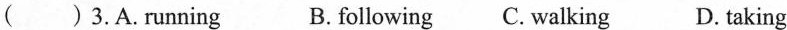
() 3.A.Running B. following C. Walking D. taking